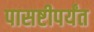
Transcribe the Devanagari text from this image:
पासष्टीपर्यंत